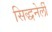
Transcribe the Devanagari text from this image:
सिद्धनेर्ली